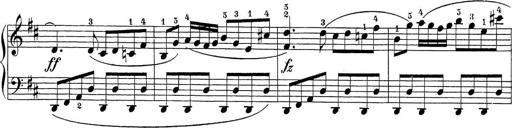
Title: Sonatina Album
Composer: Louis KÃ¶hler